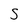
Character: S